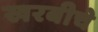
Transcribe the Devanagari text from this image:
खरबीचे